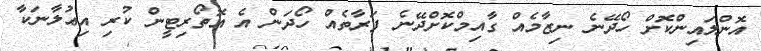
އޮންލައިންކޮށް ހޯދޭނެ ނިޒާމެއް ގާއިމްކޮށްދޭނެ ފަރާތެއް ހޯދަން އެ އޮތޯރިޓީން ކުރި އިޢުލާނަކާ